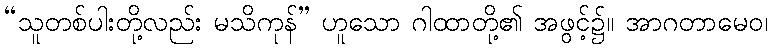
“သူတစ်ပါးတို့လည်း မသိကုန်” ဟူသော ဂါထာတို့၏ အဖွင့်၌။ အာဂတာမေဝ၊